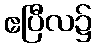
ဧပြီလ၌